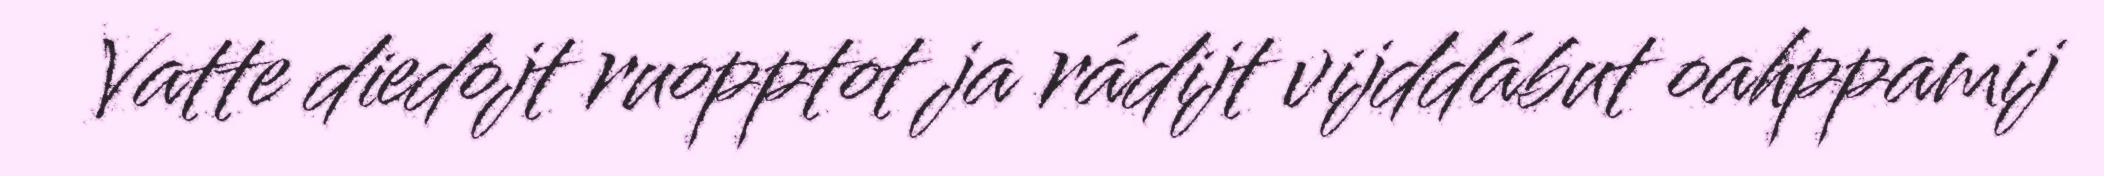
Vatte diedojt ruopptot ja rádijt vijddábut oahppamij